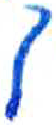
אות: ך